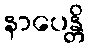
နာပေန္တိ